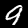
Label: 9